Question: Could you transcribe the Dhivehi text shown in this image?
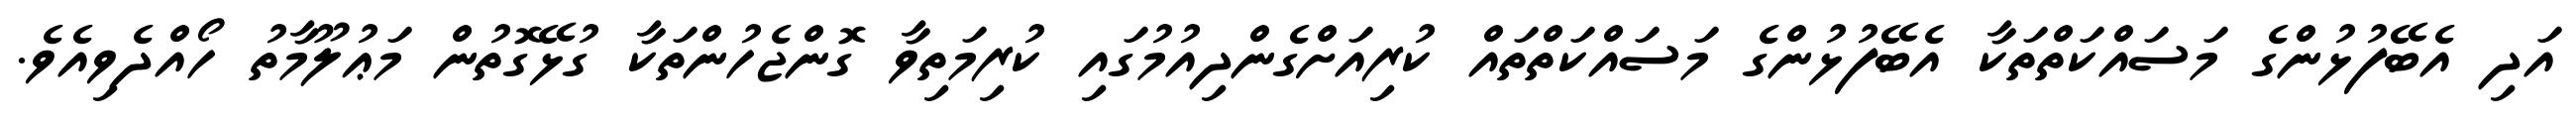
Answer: އަދި އެބޭފުޅުންގެ މަސައްކަތްތަކާ އެބޭފުޅުންގެ މަސައްކަތްތައް ކުރިއަށްގެންދިއުމުގައި ކުރިމަތިވާ ގޮންޖެހުންތަކާ ގުޅޭގޮތުން މަޢުލޫމާތު ހޯއްދެވިއެވެ.